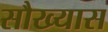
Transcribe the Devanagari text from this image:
सौख्यास